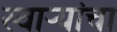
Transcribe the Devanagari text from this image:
स्वाऱ्यांचा